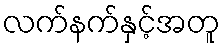
လက်နက်နှင့်အတူ